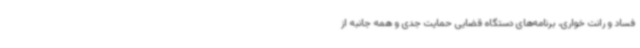
فساد و رانت خواری، برنامه‌های دستگاه قضایی حمایت جدی و همه جانبه از